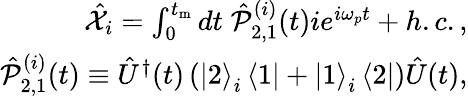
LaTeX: \begin{array}{r}{\hat{\mathcal X}_{i}=\int_{0}^{t_{\mathrm{m}}}dt\; \hat{\mathcal P}_{2,1}^{(i)}(t)ie^{i\omega_{p}t}+h.c.,}\\ {\hat{\mathcal P}_{2,1}^{(i)}(t)\equiv\hat{U}^{\dagger}(t)\left(\left|2\right>_{i}\left<1\right|+\left|1\right>_{i}\left<2\right|\right)\hat{U}(t),}\end{array}